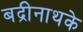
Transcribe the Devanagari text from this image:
बद्रीनाथके